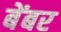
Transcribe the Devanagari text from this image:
बेंबर